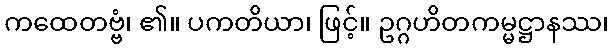
ကထေတဗ္ဗံ၊ ၏။ ပကတိယာ၊ ဖြင့်။ ဥဂ္ဂဟိတကမ္မဋ္ဌာနဿ၊